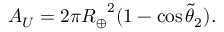
A _ { U } = 2 \pi { R _ { \oplus } } ^ { 2 } ( 1 - \cos { \tilde { \theta } _ { 2 } } ) .